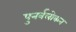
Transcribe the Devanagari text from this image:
पुनर्वलोकन